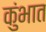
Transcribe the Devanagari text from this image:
कुंभात